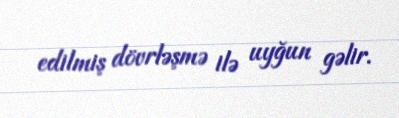
edilmiş dövrləşmə ilə uyğun gəlir.